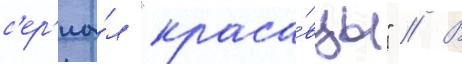
с'ер'иа́л "краса́вцы" // В